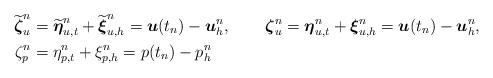
LaTeX: \begin{align*}\widetilde{\boldsymbol{\zeta}}_u^n&=\widetilde{\boldsymbol{\eta}}_{u,t}^n+\widetilde{\boldsymbol{\xi}}_{u,h}^n=\boldsymbol{u}(t_n)-\boldsymbol{u}_h^n, &\boldsymbol{\zeta}_u^n&=\boldsymbol{\eta}_{u,t}^n+\boldsymbol{\xi}_{u,h}^n=\boldsymbol{u}(t_n)-\boldsymbol{u}_h^n, \\\zeta_p^n&=\eta_{p,t}^n+\xi_{p,h}^n=p(t_n)-p_h^n\end{align*}